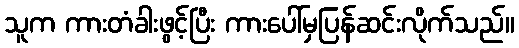
သူက ကားတံခါးဖွင့်ပြီး ကားပေါ်မှပြန်ဆင်းလိုက်သည်။